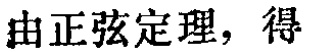
由正弦定理，得